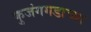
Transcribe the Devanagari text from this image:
कुजंगगडाच्या